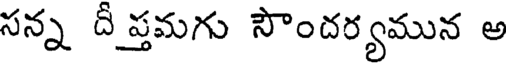
సన్న దీ ప్తమగు సౌందర్యమున అ